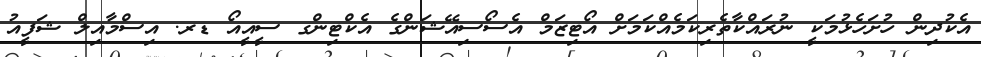
އެކުދިން ހުށަހެޅުމަކީ ނުރައްކާތެރިކަމެއްކަމަށް އޯޓިޒަމް އެސޯސިއޭޝަންގެ އެކްޓިންގ ސީއީއޯ ޑރ. އިސްމާއިލް ޝަފީއު